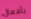
بأفعال